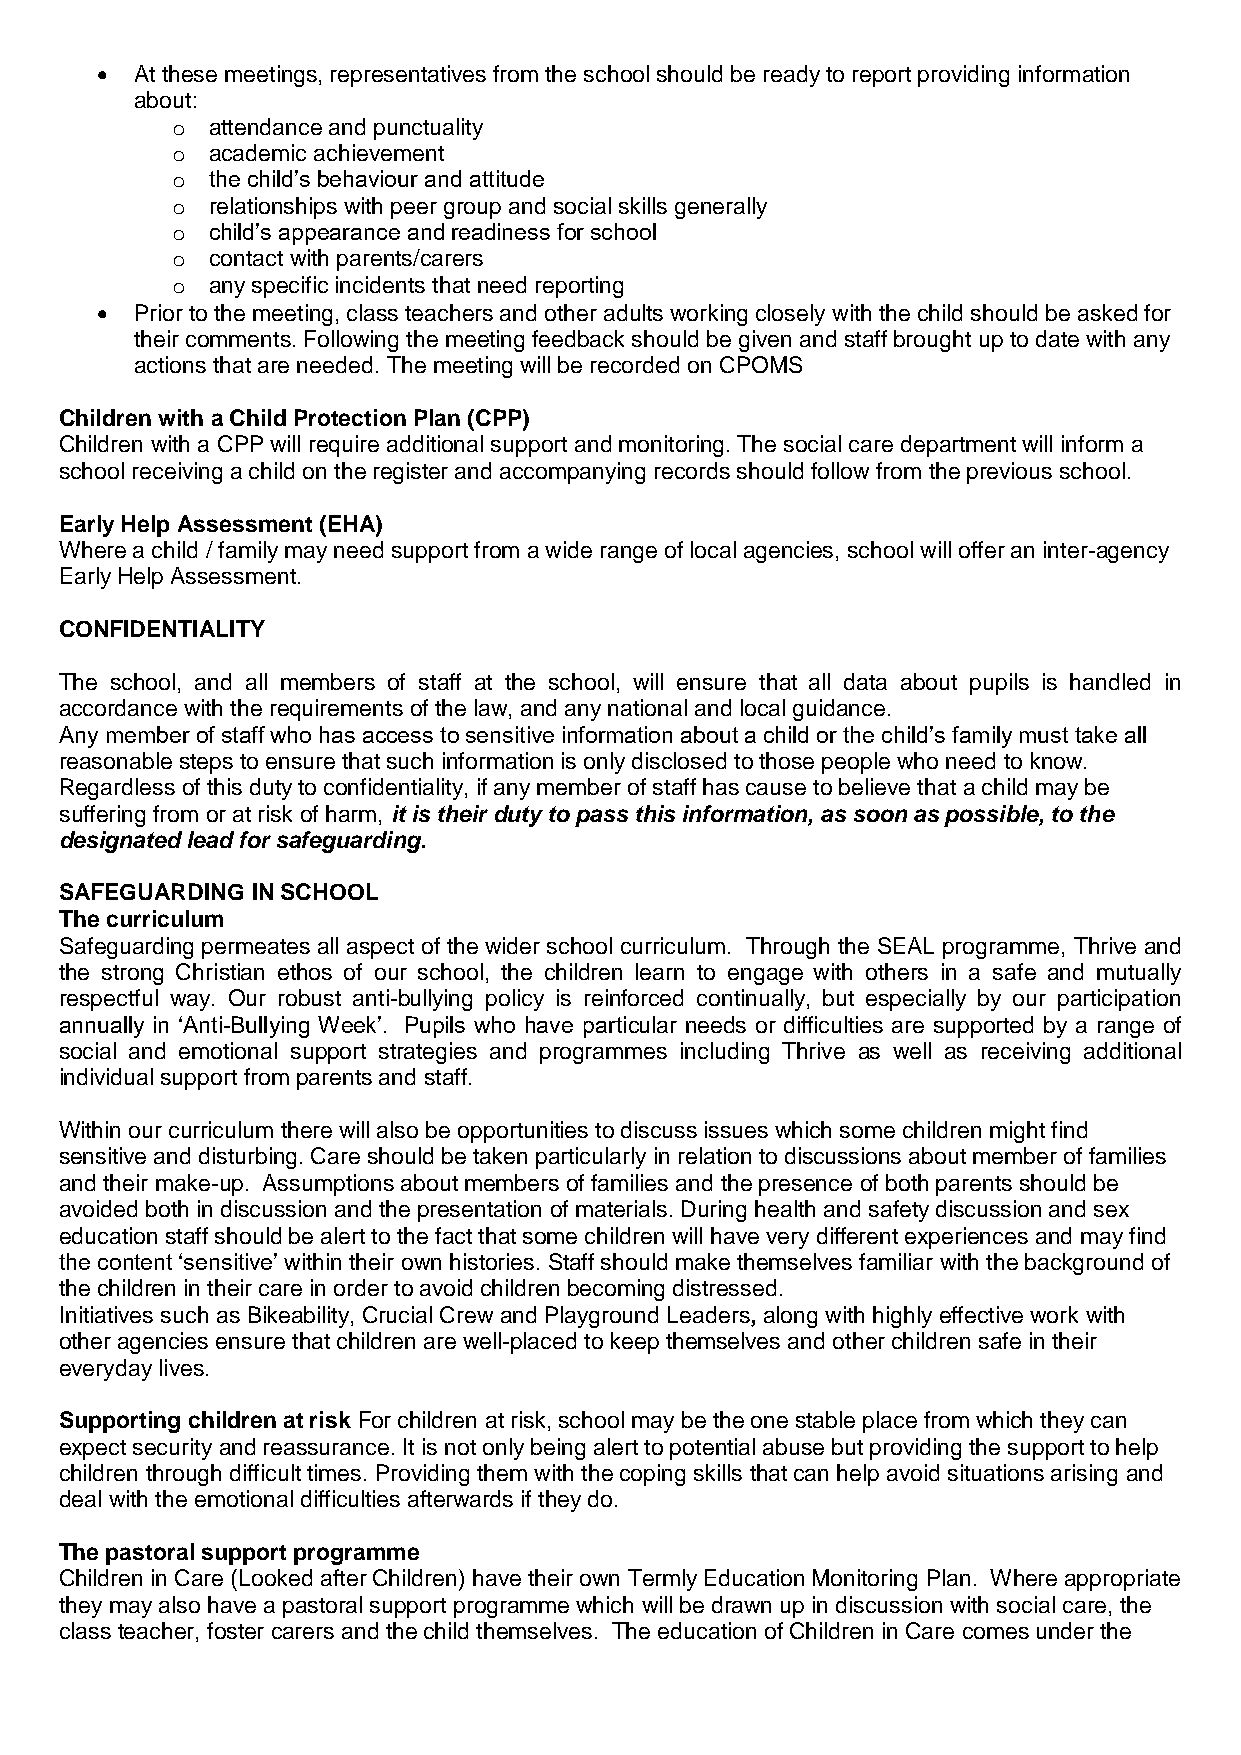
  At these meetings, representatives from the school should be ready to report providing information
 about:
 o  attendance and punctuality
 o  academic achievement
 o  the child’s behaviour and attitude
 o  relationships with peer group and social skills generally
 o  child’s appearance and readiness for school
 o  contact with parents/carers
 o  any specific incidents that need reporting
   Prior to the meeting, class teachers and other adults working closely with the child should be asked for
 their comments. Following the meeting feedback should be given and staff brought up to date with any
 actions that are needed. The meeting will be recorded on CPOMS
 Children with a Child Protection Plan (CPP)
 Children with a CPP will require additional support and monitoring. The social care department will inform a
 school receiving a child on the register and accompanying records should follow from the previous school.
 Early Help Assessment (EHA)
 Where a child / family may need support from a wide range of local agencies, school will offer an inter-agency
 Early Help Assessment.
 CONFIDENTIALITY
 The school, and all members of staff at the school, will ensure that all data about pupils is handled in
 accordance with the requirements of the law, and any national and local guidance.
 Any member of staff who has access to sensitive information about a child or the child’s family must take all
 reasonable steps to ensure that such information is only disclosed to those people who need to know.
 Regardless of this duty to confidentiality, if any member of staff has cause to believe that a child may be
 suffering from or at risk of harm, it is their duty to pass this information, as soon as possible, to the
 designated lead for safeguarding.
 SAFEGUARDING IN SCHOOL
 The curriculum
 Safeguarding permeates all aspect of the wider school curriculum. Through the SEAL programme, Thrive and
 the strong Christian ethos of our school, the children learn to engage with others in a safe and mutually
 respectful way. Our robust anti-bullying policy is reinforced continually, but especially by our participation
 annually in ‘Anti-Bullying Week’. Pupils who have particular needs or difficulties are supported by a range of
 social and emotional support strategies and programmes including Thrive as well as receiving additional
 individual support from parents and staff.
 Within our curriculum there will also be opportunities to discuss issues which some children might find
 sensitive and disturbing. Care should be taken particularly in relation to discussions about member of families
 and their make-up. Assumptions about members of families and the presence of both parents should be
 avoided both in discussion and the presentation of materials. During health and safety discussion and sex
 education staff should be alert to the fact that some children will have very different experiences and may find
 the content ‘sensitive’ within their own histories. Staff should make themselves familiar with the background of
 the children in their care in order to avoid children becoming distressed.
 Initiatives such as Bikeability, Crucial Crew and Playground Leaders, along with highly effective work with
 other agencies ensure that children are well-placed to keep themselves and other children safe in their
 everyday lives.
 Supporting children at risk For children at risk, school may be the one stable place from which they can
 expect security and reassurance. It is not only being alert to potential abuse but providing the support to help
 children through difficult times. Providing them with the coping skills that can help avoid situations arising and
 deal with the emotional difficulties afterwards if they do.
 The pastoral support programme
 Children in Care (Looked after Children) have their own Termly Education Monitoring Plan. Where appropriate
 they may also have a pastoral support programme which will be drawn up in discussion with social care, the
 class teacher, foster carers and the child themselves. The education of Children in Care comes under the